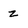
Character: z